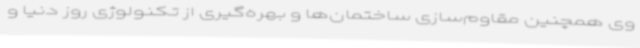
وی همچنین مقاوم‌سازی ساختمان‌ها و بهره‌گیری از تکنولوژی روز دنیا و